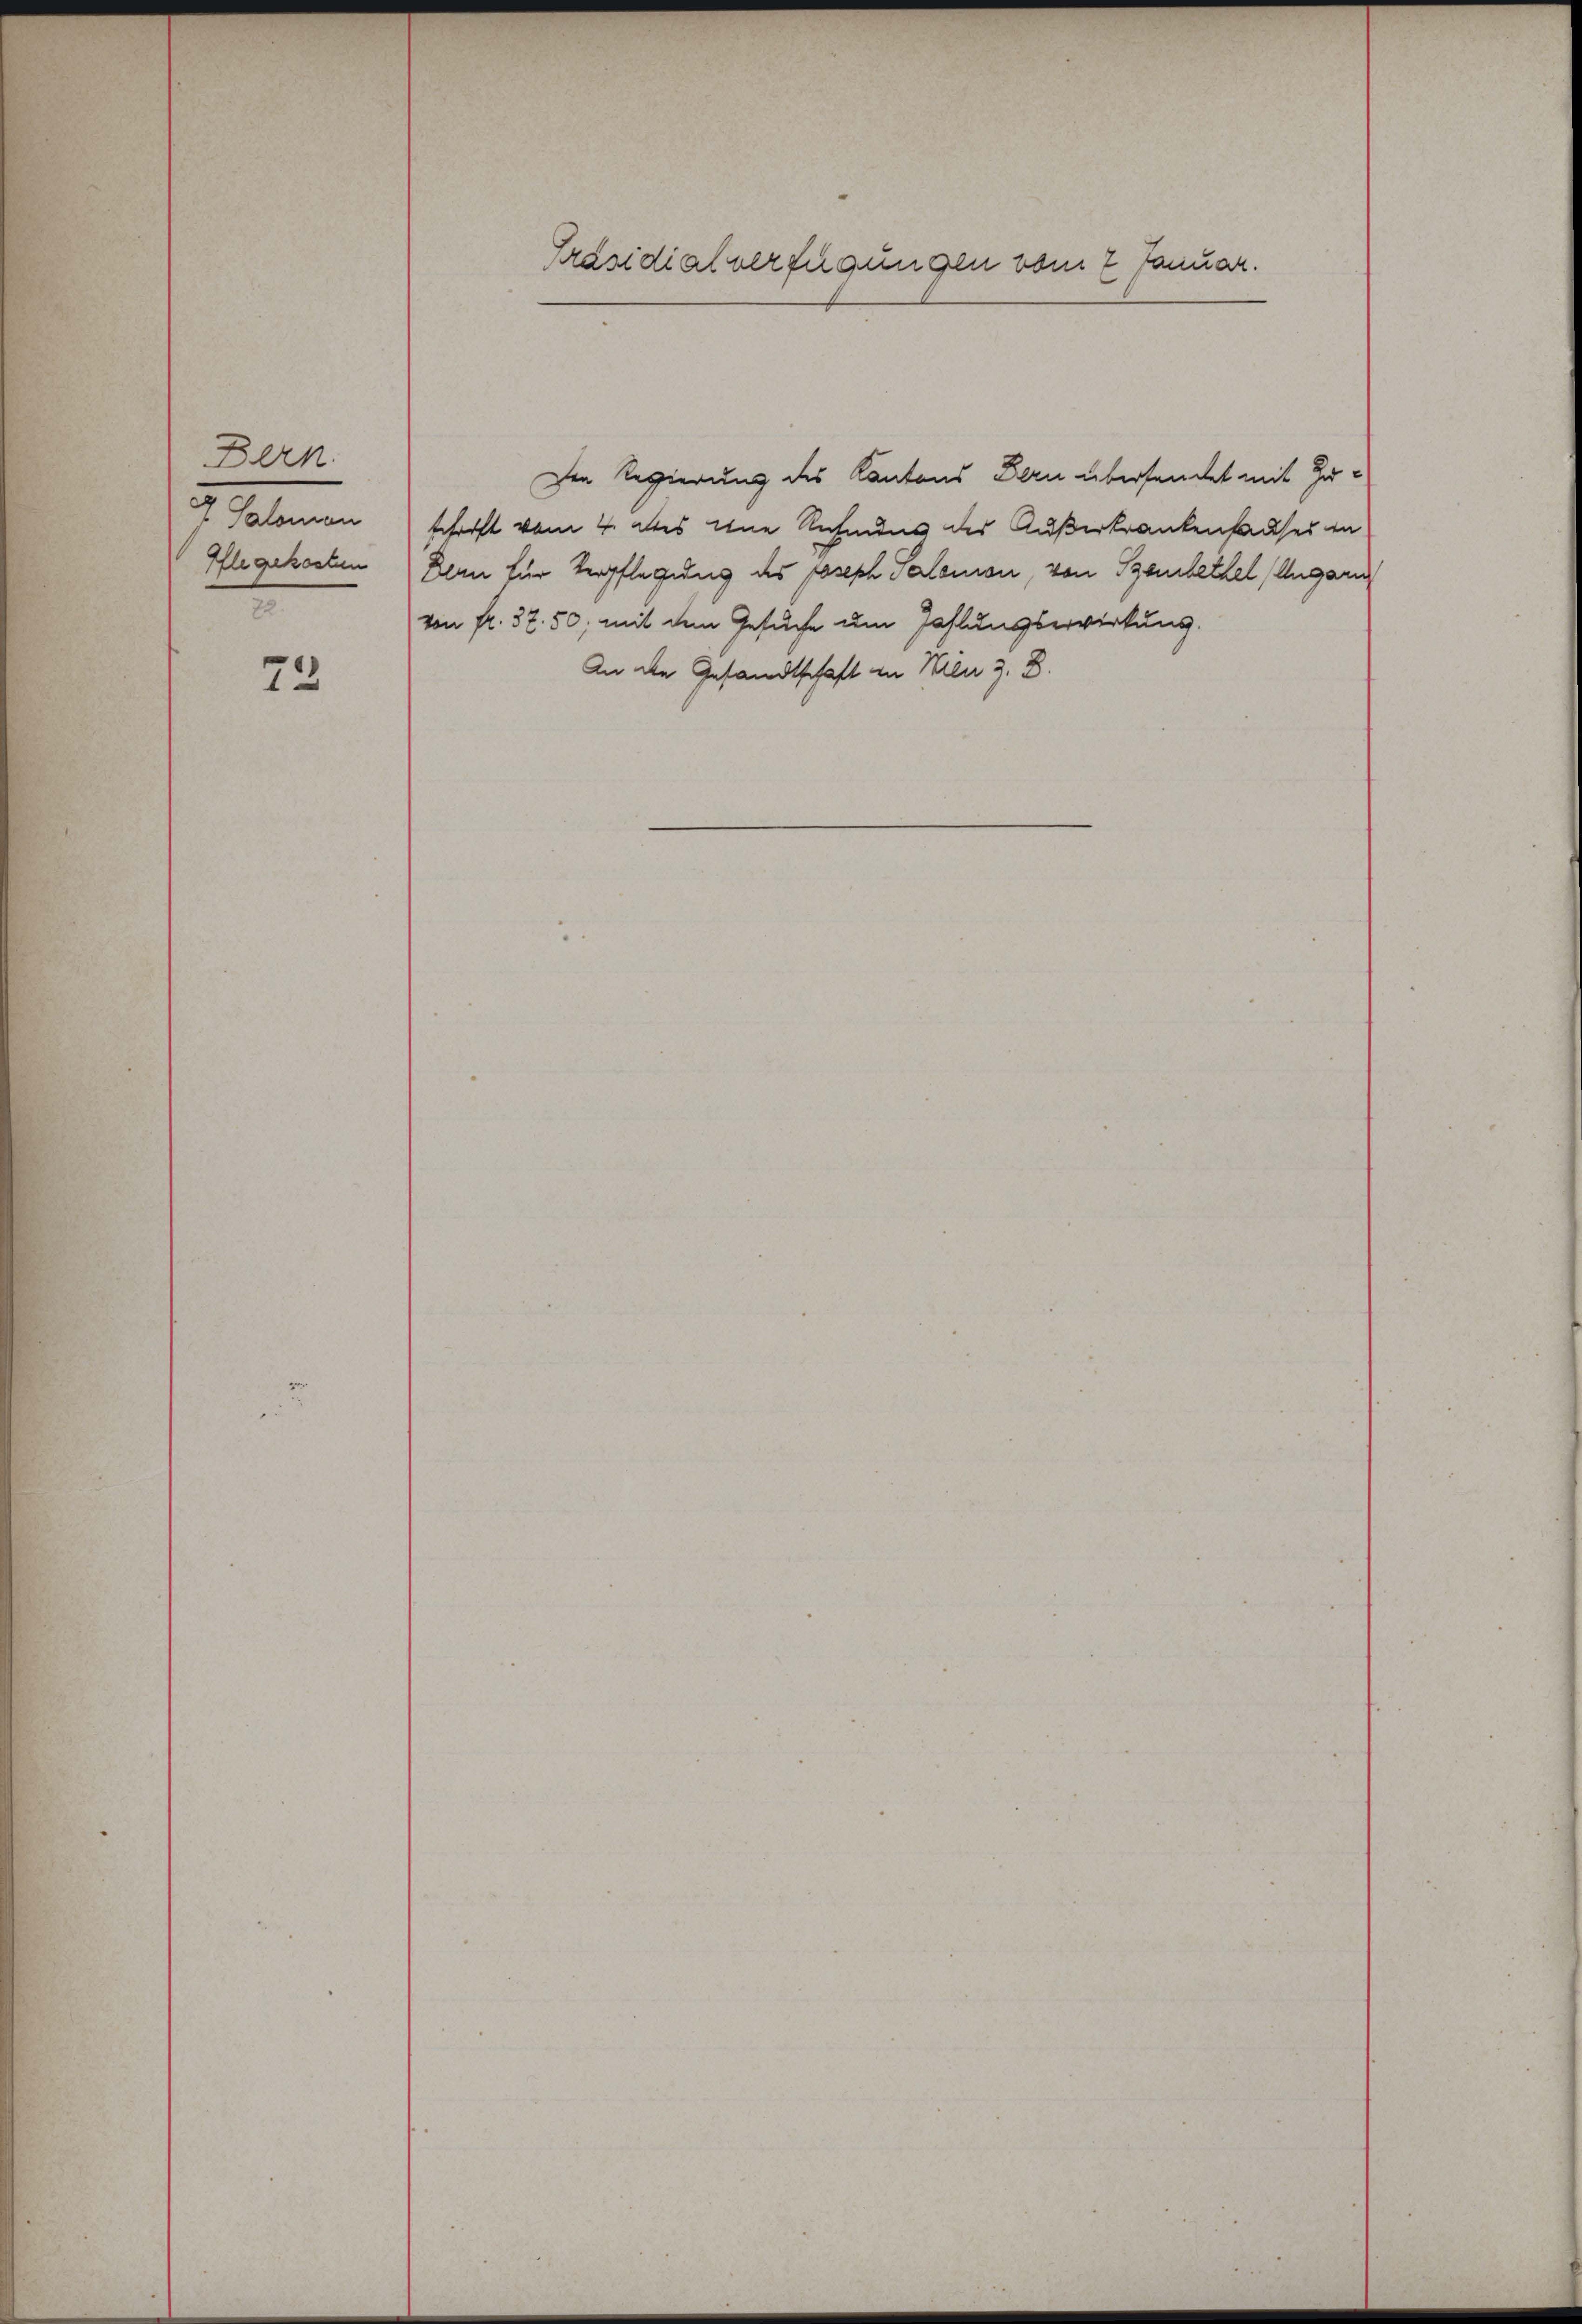
Bern.
7 Salomon
Iflegekosten
72

72

Die Regierung des Kantons Bern übersendet mit Zuschrift vom 4. des eine Rechnung des Außerkrankenhauses in
Denn für Verpflegung des Joseph Salomon, von Szabethel (Ungar
von fr. 37. 50, mit dem Gesuche um Zahlungserwirkung.
An die Gesandtschaft in Men z. B.

Präsidialverfügungen vom 2 Januar.